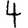
Digit: 4